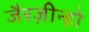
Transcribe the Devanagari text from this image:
जैरज़ीन्हो